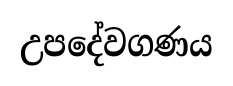
උපදේවගණය